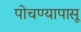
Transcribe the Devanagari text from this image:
पोचण्यापासू